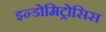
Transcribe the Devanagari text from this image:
इन्डोमिट्रोसिस